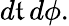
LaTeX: d\mathfrak{t}\, d\phi.